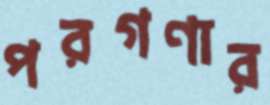
পরগণার